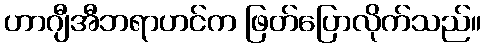
ဟာဂျီအီဘရာဟင်က ဖြတ်ပြောလိုက်သည်။